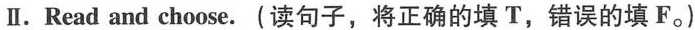
Ⅱ.Read and choose.(读句子,将正确的填 T,错误的填 F.)